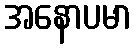
အနောပမာ